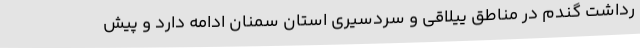
رداشت‌ گندم در مناطق ییلاقی و سردسیری استان سمنان ادامه دارد و پیش